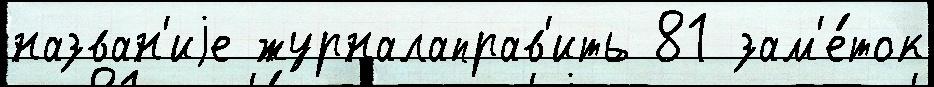
назван'иjе журналаправ'ить 81 зам'е́ток